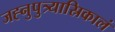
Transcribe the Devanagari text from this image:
जह्नुपुत्र्यास्रिकालं